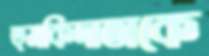
হুমকিদাতাকে